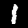
Label: 1